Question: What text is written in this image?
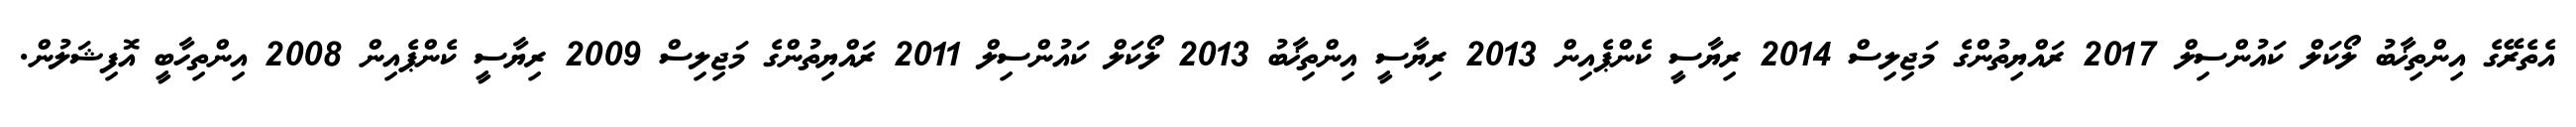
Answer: އެތެރޭގެ އިންތިޚާބު ލޯކަލް ކައުންސިލް 2017 ރައްޔިތުންގެ މަޖިލިސް 2014 ރިޔާސީ ކެންޕެއިން 2013 ރިޔާސީ އިންތިޚާބު 2013 ލޯކަލް ކައުންސިލް 2011 ރައްޔިތުންގެ މަޖިލިސް 2009 ރިޔާސީ ކެންޕެއިން 2008 އިންތިހާބީ އޮފިޝަލުން.